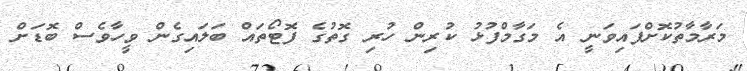
މަރާމާތުކޮށްފައިވަނީ އެ މަގާމްފުޅު ކުރިން ހުރި ގޮތުގެ ފޮޓޯތައް ބަލައިގެން ވީހާވެސް ބޮޑަށް